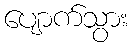
ပျောက်သွား